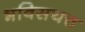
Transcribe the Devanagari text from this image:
भविसयत्त